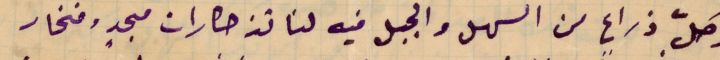
وكلّ ذراعٍ من السهل والجبل فيه لنا تذكارات مجدٍ وفخار